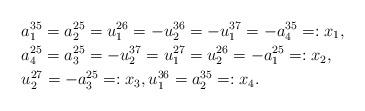
LaTeX: \begin{align*}&a_1^{35}=a_2^{25}=u_1^{26}=-u_2^{36}=-u_1^{37}=-a_4^{35}=:x_1,\\&a_4^{25}=a_3^{25}=-u_2^{37}=u_1^{27}=u_2^{26}=-a_1^{25}=:x_2,\\&u_2^{27}=-a_3^{25}=:x_3,u_1^{36}=a_2^{35}=:x_4.\end{align*}